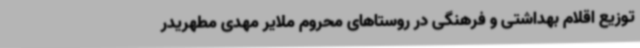
توزیع اقلام بهداشتی و فرهنگی در روستاهای محروم ملایر مهدی مطهریدر